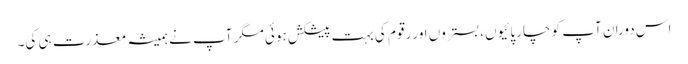
اس دوران آپ کو چارپائیوں، بستروں اور رقوم کی بہت پیشکش ہوئی مگر آپ نے ہمیشہ معذرت ہی کی۔